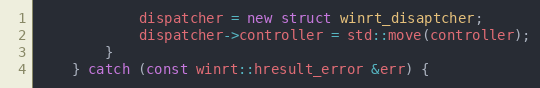
Language: C++
			dispatcher = new struct winrt_disaptcher;
			dispatcher->controller = std::move(controller);
		}
	} catch (const winrt::hresult_error &err) {